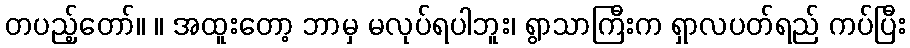
တပည့်တော်။ ။ အထူးတော့ ဘာမှ မလုပ်ရပါဘူး၊ ရွာသာကြီးက ရှာလပတ်ရည် ကပ်ပြီး